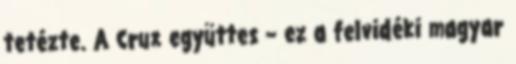
tetézte. A Crux együttes – ez a felvidéki magyar